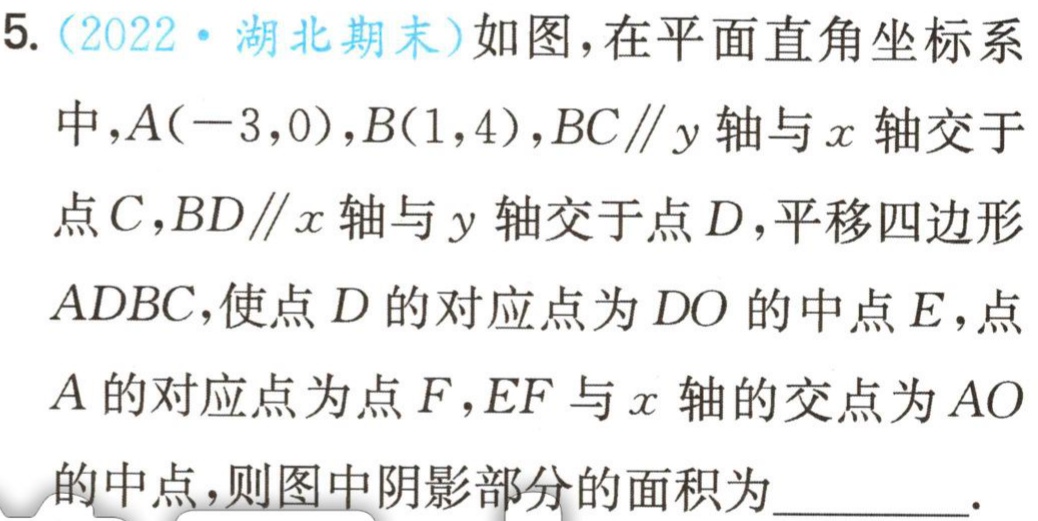
5.（2022·湖北期末）如图，在平面直角坐标系中，\(A(-3,0)\)，\(B(1,4)\)，\(BC\parallel y\)轴与\(x\)轴交于点\(C\)，\(BD\parallel x\)轴与\(y\)轴交于点\(D\)，平移四边形\(ADBC\)，使点\(D\)的对应点为\(DO\)的中点\(E\)，点\(A\)的对应点为点\(F\)，\(EF\)与\(x\)轴的交点为\(AO\)的中点，则图中阴影部分的面积为_________.